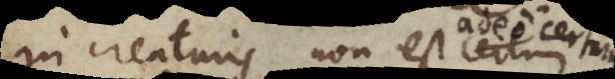
In creaturis non est certum